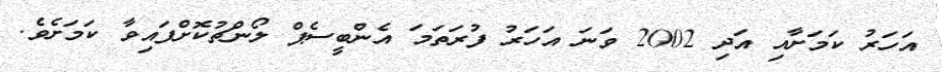
އަހަރު ކަމަށާއި އަދި 2002 ވަނަ އަހަރު ފުރަތަމަ އެންބީސެޕް ލޯންޗުކޮށްފައިވާ ކަމަށެވެ.